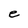
Character: e